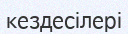
кездесілері